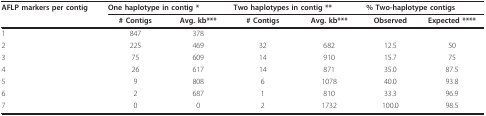
<table><thead><tr><td><b>AFLP markers per contig</b></td><td colspan="2"><b>One haplotype in contig *</b></td><td colspan="2"><b>Two haplotypes in contig **</b></td><td colspan="2"><b>% Two-haplotype contigs</b></td></tr><tr><td></td><td><b># Contigs</b></td><td><b>Avg. kb***</b></td><td><b># Contigs</b></td><td><b>Avg. kb***</b></td><td><b>Observed</b></td><td><b>Expected ****</b></td></tr></thead><tbody><tr><td>1</td><td>847</td><td>378</td><td></td><td></td><td></td><td></td></tr><tr><td>2</td><td>225</td><td>469</td><td>32</td><td>682</td><td>12.5</td><td>50</td></tr><tr><td>3</td><td>75</td><td>609</td><td>14</td><td>910</td><td>15.7</td><td>75</td></tr><tr><td>4</td><td>26</td><td>617</td><td>14</td><td>871</td><td>35.0</td><td>87.5</td></tr><tr><td>5</td><td>9</td><td>808</td><td>6</td><td>1078</td><td>40.0</td><td>93.8</td></tr><tr><td>6</td><td>2</td><td>687</td><td>1</td><td>810</td><td>33.3</td><td>96.9</td></tr><tr><td>7</td><td>0</td><td>0</td><td>2</td><td>1732</td><td>100.0</td><td>98.5</td></tr></tbody></table>